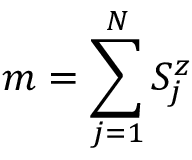
m = \sum _ { j = 1 } ^ { N } S _ { j } ^ { z }